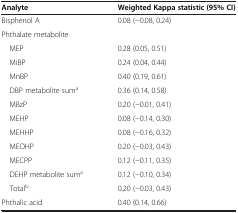
<table><thead><tr><td><b>Analyte</b></td><td><b>Weighted Kappa statistic (95% CI)</b></td></tr></thead><tbody><tr><td>Bisphenol A</td><td>0.08 (−0.08, 0.24)</td></tr><tr><td>Phthalate metabolite</td><td> </td></tr><tr><td> MEP</td><td>0.28 (0.05, 0.51)</td></tr><tr><td> MiBP</td><td>0.24 (0.04, 0.44)</td></tr><tr><td> MnBP</td><td>0.40 (0.19, 0.61)</td></tr><tr><td> DBP metabolite sum<sup>a</sup></td><td>0.36 (0.14, 0.58)</td></tr><tr><td> MBzP</td><td>0.20 (−0.01, 0.41)</td></tr><tr><td> MEHP</td><td>0.08 (−0.14, 0.30)</td></tr><tr><td> MEHHP</td><td>0.08 (−0.16, 0.32)</td></tr><tr><td> MEOHP</td><td>0.20 (−0.03, 0.43)</td></tr><tr><td> MECPP</td><td>0.12 (−0.11, 0.35)</td></tr><tr><td> DEHP metabolite sum<sup>a</sup></td><td>0.12 (−0.10, 0.34)</td></tr><tr><td> Total<sup>b</sup></td><td>0.20 (−0.03, 0.43)</td></tr><tr><td>Phthalic acid</td><td>0.40 (0.14, 0.66)</td></tr></tbody></table>